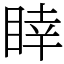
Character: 䁄